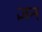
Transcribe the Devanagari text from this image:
ज्ञन